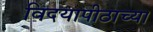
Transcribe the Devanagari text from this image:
विदयापीठाच्या